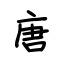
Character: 唐